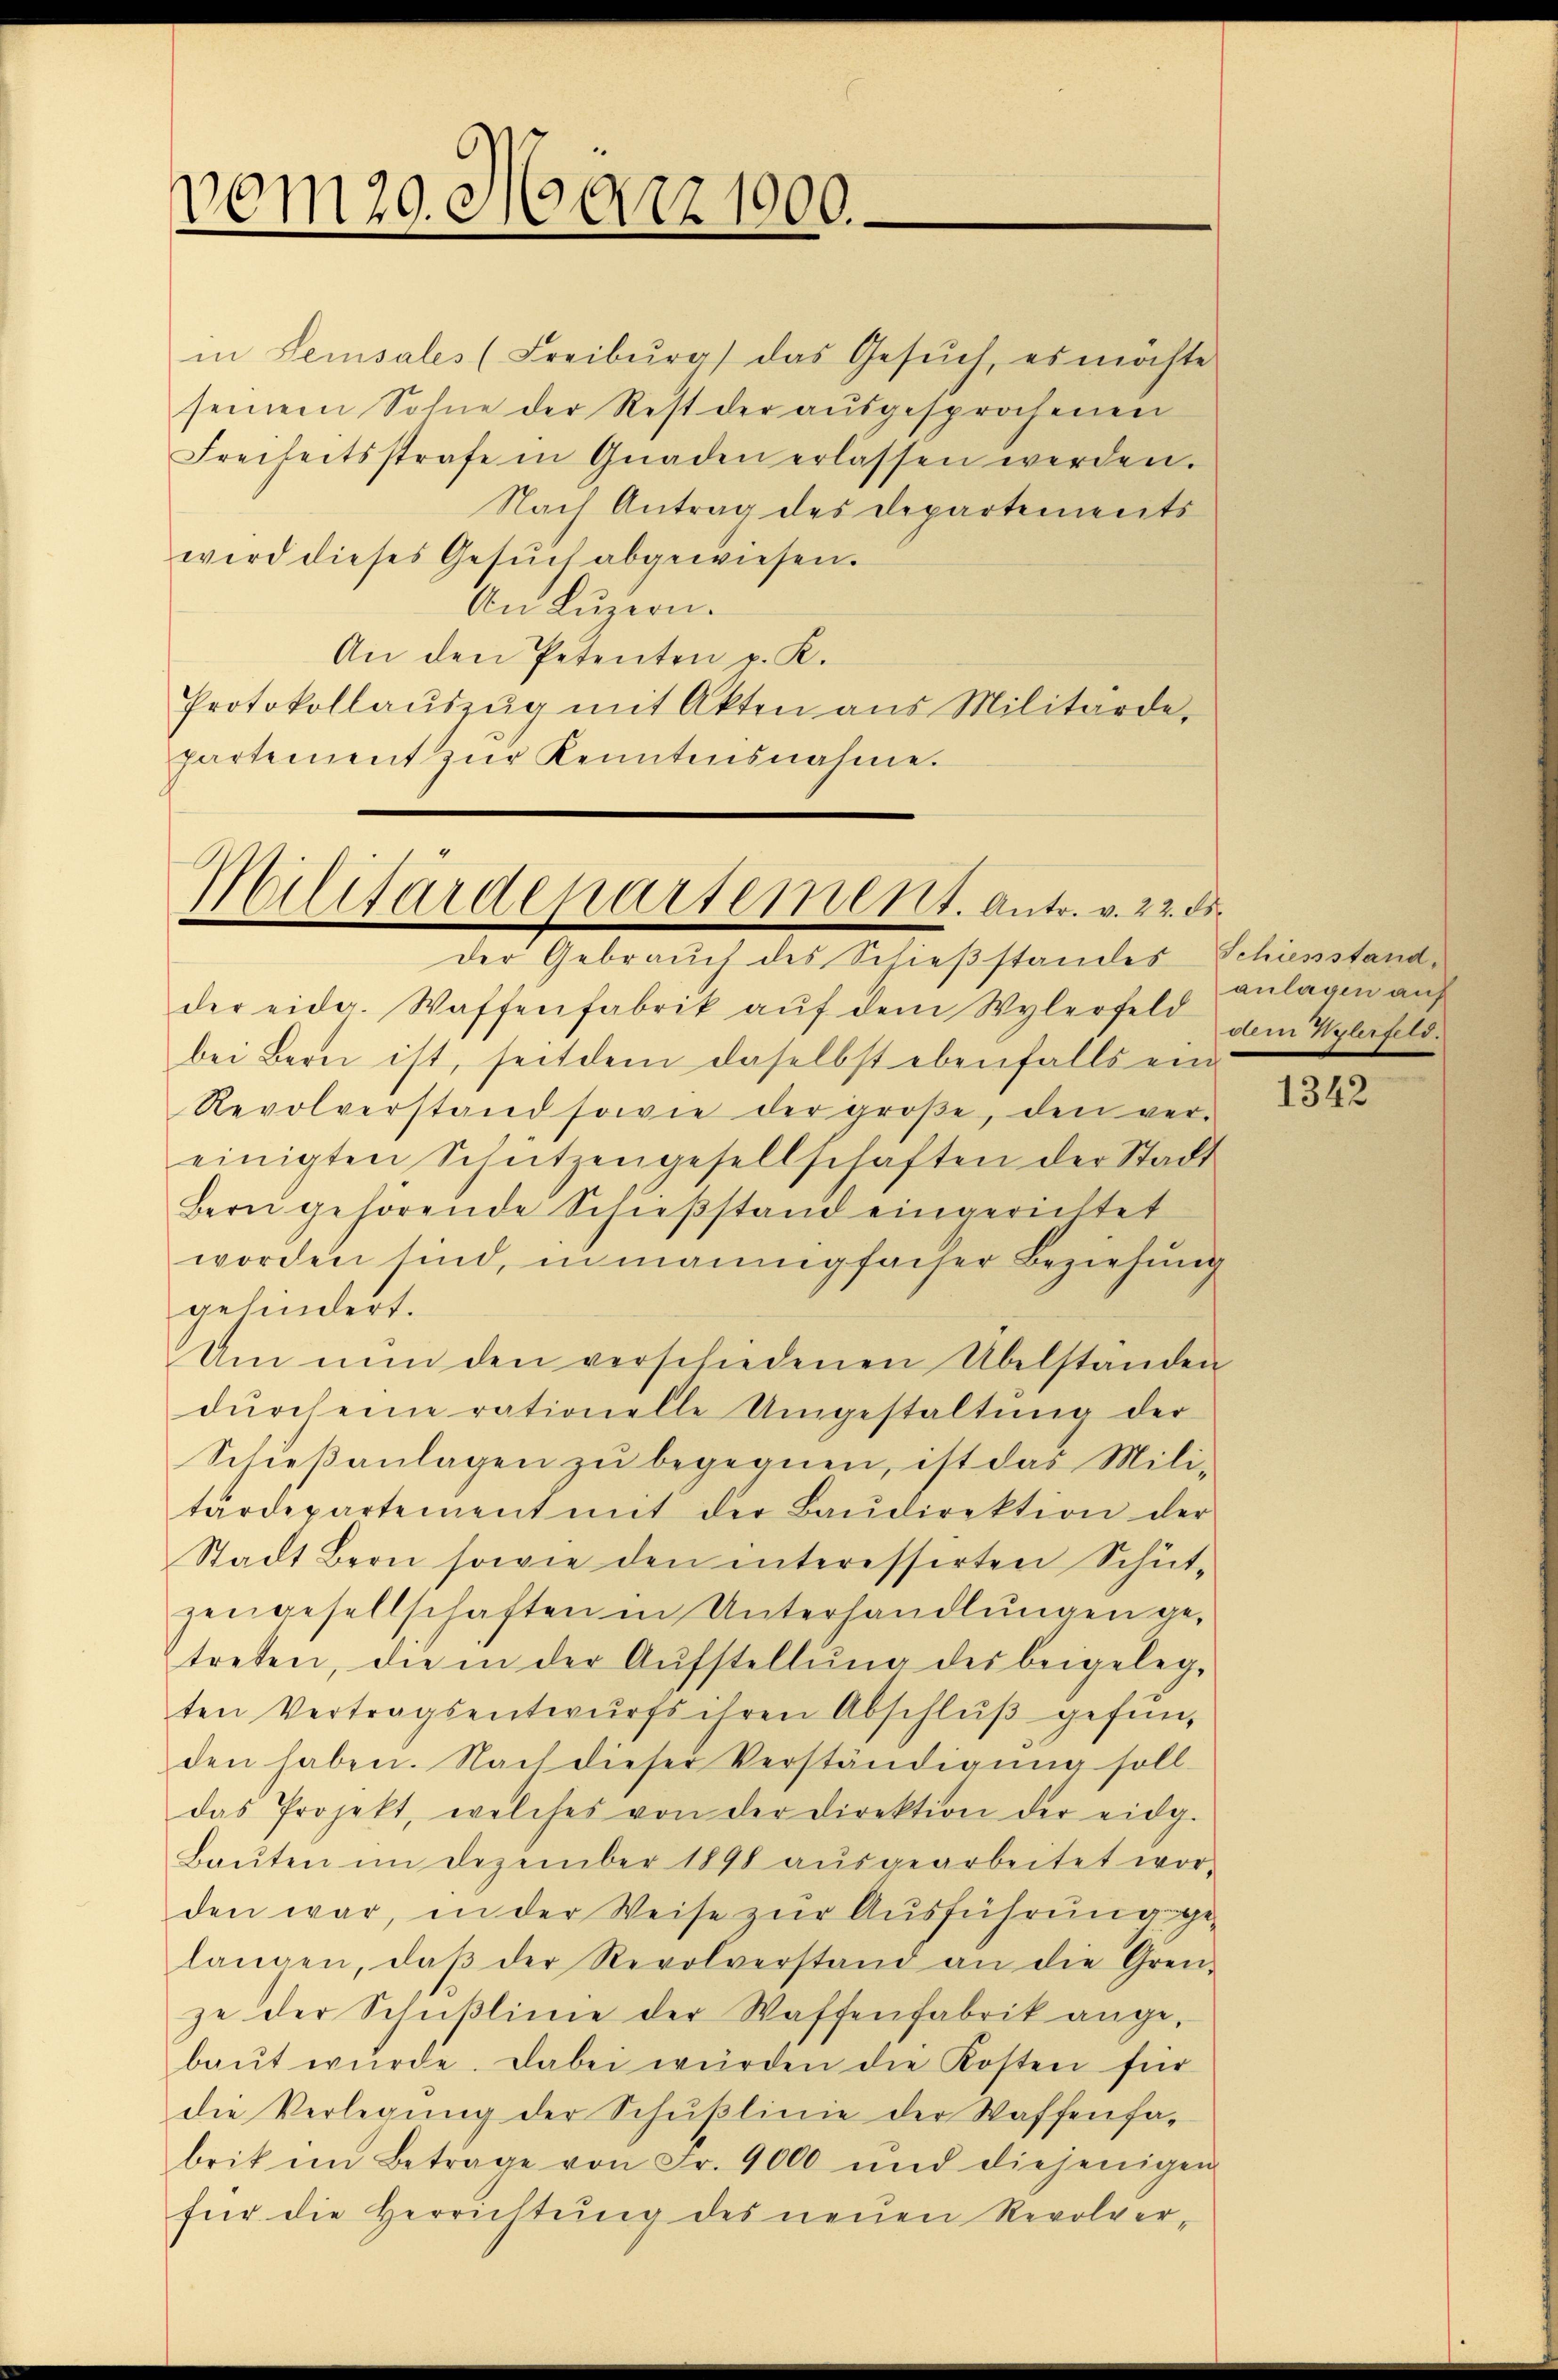
vom 20. März 1900.

seinem Sohne der Rest der ausgesprochenen
wird dieses Gesŭch abgewiesen.
An Luzern.
An den Petenten p. K.
partement zŭr Kenntnisnahme.

Militärdepartement. Antr. v. 22. ds.

der Gebrauch des Schieβstandes Schiesstand,
der eidg. Waffenfabrik aŭf dem Wylerfeld vom Wylefeld-
bei Bern ist, seitdem daselbst ebenfalls eine
Revolverstand sowie der groβe, den ver-
einigten Schützengesellschaften der Stadt
Bern gehörende Schießstand eingerichtet
worden sind, in manigfacher Beziehung
gehindert.
Um nŭn den verschiedenen Übelstanden
dŭrch eine rationelle Umgestaltung der
Schieβanlagen zu begegnen, ist das Mili-
tärdepartement mit der Baŭdirektion der
Stadt Bern sowie den interessirten Schüt-
zengesellschaften in Unterhandlungen getreten, die in der Aŭfstellŭng des beigeleg-
ten Vertragsentwurfs ihren Abschlŭβ gefun-
den haben. Nach dieser Verständigŭng soll
das Projekt, welches von der Direktion der eidg.
Baŭten im Dezember 1898 aŭsgearbeitet wor-
den war, in der Weise zur Ausführung gelangen, daβ der Revolverstand an die Gren-
ze der Schußlinie der Waffenfabrik angebaŭt wŭrde. Dabei würden die Kosten für
die Verlegŭng der Schŭβlinie der Waffenfa-
brik im Betrage von Fr. 9000 und diejenigen
für die Verrichtung des neuen Revolver-

in Sensales (Freiburg das Gesŭch, es möchte
Freiheitsstrafe in Gnaden erlassen werden.
Nach Antrag des Departements
Protokollaŭszŭg mit Akten aus Militärde,

anlagen auf

1342